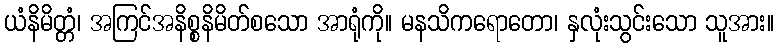
ယံနိမိတ္တံ၊ အကြင်အနိစ္စနိမိတ်စသော အာရုံကို။ မနသိကရောတော၊ နှလုံးသွင်းသော သူအား။